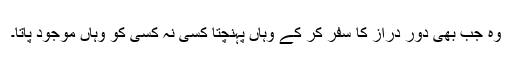
وہ جب بھی دور دراز کا سفر کر کے وہاں پہنچتا کسی نہ کسی کو وہاں موجود پاتا۔